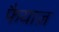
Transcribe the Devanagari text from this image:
फैयाज़